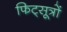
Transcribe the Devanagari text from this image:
फिट्सूत्रों